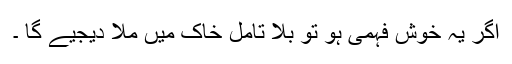
اگر یہ خوش فہمی ہو تو بلا تامل خاک میں ملا دیجیے گا ۔